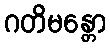
ဂတိမန္တော